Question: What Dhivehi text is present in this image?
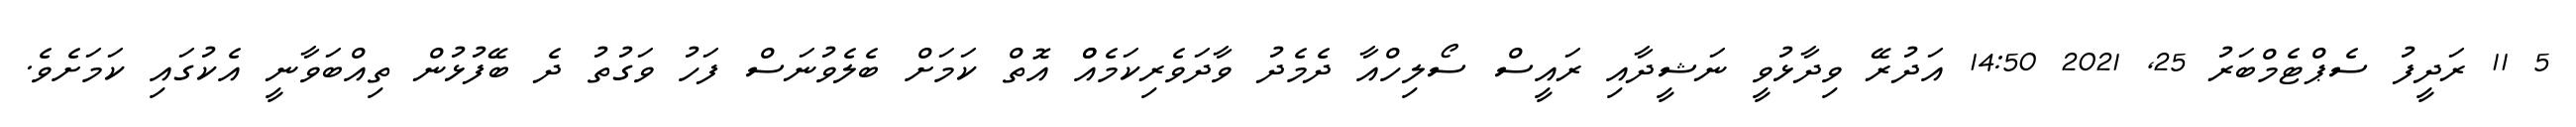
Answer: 5 11 ރަދީފު ސެޕްޓެމްބަރު 25, 2021 14:50 އަދުރޭ ވިދާޅުވީ ނަޝީދާއި ރައީސް ސޯލިހްއާ ދެމެދު ވާދަވެރިކަމެއްް އޮތް ކަމަށް ބެލެވުނަސް ފަހު ވަގުތު ދެ ބޭފުޅުން ތިއްބަވާނީ އެކުގައި ކަމަށެވެ.